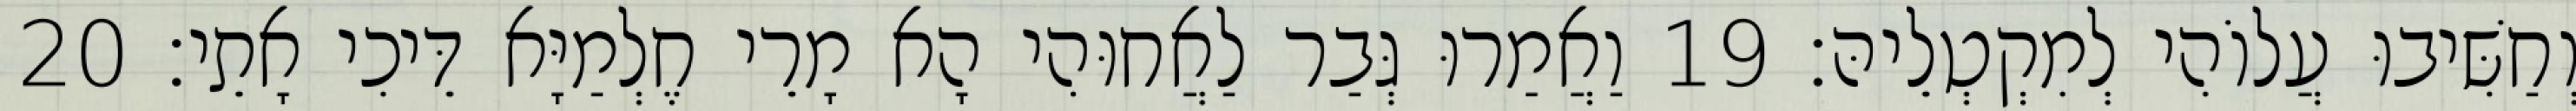
וְחַשִּׁיבוּ עֲלוֹהִי לְמִקְטְלֵיהּ׃ 19 וַאֲמַרוּ גְּבַר לַאֲחוּהִי הָא מָרֵי חֶלְמַיָּא דֵּיכִי אָתֵי׃ 20